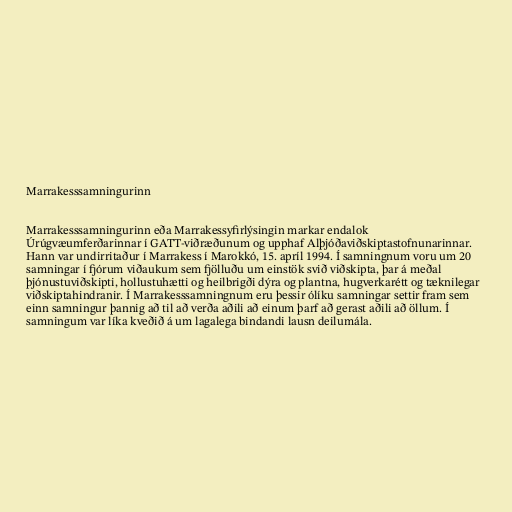
Marrakesssamningurinn

Marrakesssamningurinn eða Marrakessyfirlýsingin markar endalok
Úrúgvæumferðarinnar í GATT-viðræðunum og upphaf Alþjóðaviðskiptastofnunarinnar.
Hann var undirritaður í Marrakess í Marokkó, 15. apríl 1994. Í samningnum voru um 20
samningar í fjórum viðaukum sem fjölluðu um einstök svið viðskipta, þar á meðal
þjónustuviðskipti, hollustuhætti og heilbrigði dýra og plantna, hugverkarétt og tæknilegar
viðskiptahindranir. Í Marrakesssamningnum eru þessir ólíku samningar settir fram sem
einn samningur þannig að til að verða aðili að einum þarf að gerast aðili að öllum. Í
samningum var líka kveðið á um lagalega bindandi lausn deilumála.